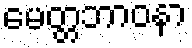
မေတ္တဘာဝနာ